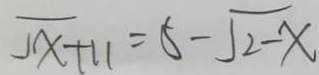
\sqrt { x } + 1 1 = 5 - \sqrt { 2 - x }